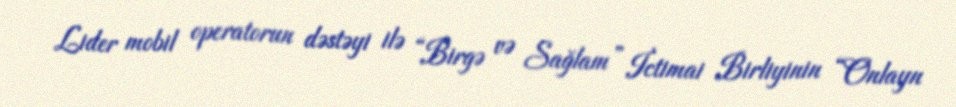
Lider mobil operatorun dəstəyi ilə “Birgə və Sağlam” İctimai Birliyinin “Onlayn